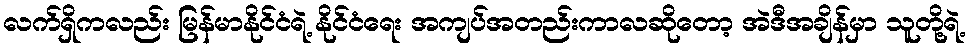
လက်ရှိကလည်း မြန်မာနိုင်ငံရဲ့ နိုင်ငံရေး အကျပ်အတည်းကာလဆိုတော့ အဲဒီအချိန်မှာ သူတို့ရဲ့